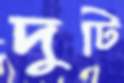
দুটি